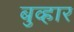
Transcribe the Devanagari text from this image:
बुव्हार